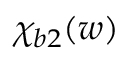
\chi _ { b 2 } ( w )